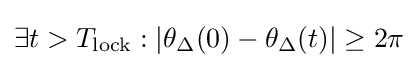
\exists t>T_{\text{lock}}:\left|\theta _{\Delta }(0)-\theta _{\Delta }(t)\right|\geq 2\pi